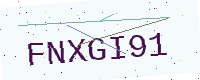
Text: FNXGI91